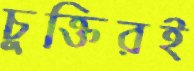
চুক্তিরই